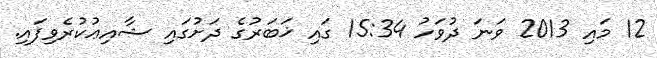
12 މައި 2013 ވަނަ ދުވަހު 15:34 ގައި ޚަބަރުގެ ދަށުގައި ޝާއިޢުކުރެވިފައި.